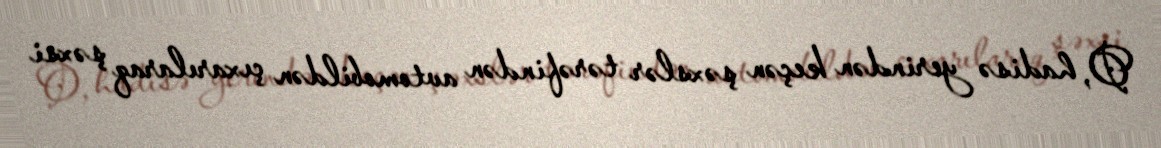
O, hadisə yerindən keçən şəxslər tərəfindən avtomobildən çıxarılaraq şəxsi